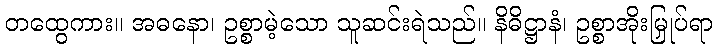
တထွေကား။ အဓနော၊ ဥစ္စာမဲ့သော သူဆင်းရဲသည်။ နိဓိဋ္ဌာနံ၊ ဥစ္စာအိုးမြှုပ်ရာ